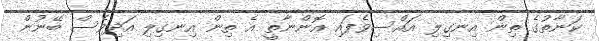
ކަނާތުގެ ތިން އިނގިލި އައްސިވެފައި އޮންނާތީ އެ ތިން އިނގިލި އަދިވެސް ބޭނުން